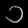
Digit: ၁